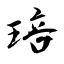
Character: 琣